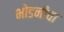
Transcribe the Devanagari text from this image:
भोडनीचा